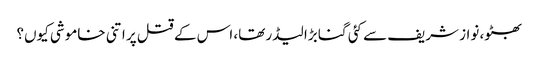
بھٹو، نواز شریف سے کئی گنا بڑا لیڈر تھا، اس کے قتل پر اتنی خاموشی کیوں؟